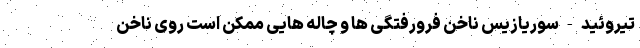
تیروئید - سوریازیس ناخن فرورفتگی ها و چاله هایی ممکن است روی ناخن